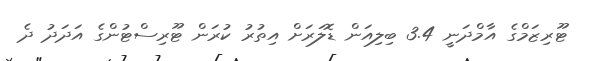
ޓޫރިޒަމްގެ އާމްދަނީ 3.4 ބިލިއަން ޑޮލަރަށް އިތުރު ކުރަން ޓޫރިސްޓުންގެ އަދަދު ދެ